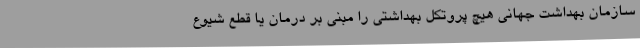
سازمان بهداشت جهانی هیچ پروتکل بهداشتی را مبنی بر درمان یا قطع شیوع